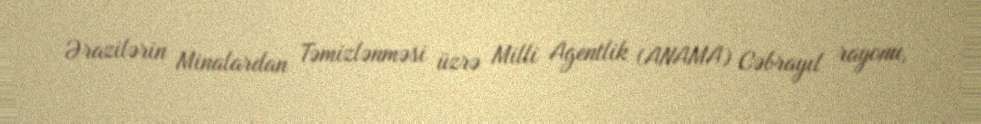
Ərazilərin Minalardan Təmizlənməsi üzrə Milli Agentlik (ANAMA) Cəbrayıl rayonu,